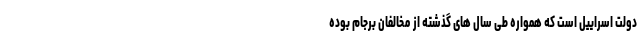
دولت اسراییل است که همواره طی سال های گذشته از مخالفان برجام بوده